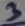
Text: 3